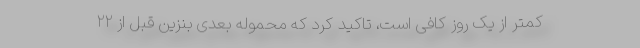
کمتر از یک روز کافی است، تاکید کرد که محموله بعدی بنزین قبل از ۲۲